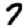
Digit: 7